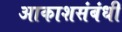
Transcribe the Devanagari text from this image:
आकाशसंबंधी